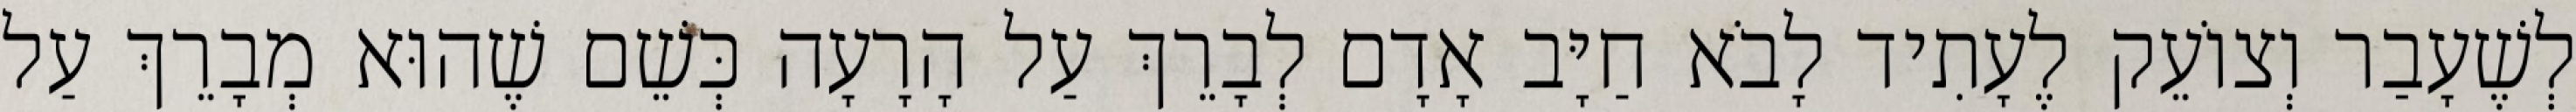
לְשֶׁעָבַר וְצוֹעֵק לֶעָתִיד לָבֹא חַיָּב אָדָם לְבָרֵךְ עַל הָרָעָה כְּשֵׁם שֶׁהוּא מְבָרֵךְ עַל